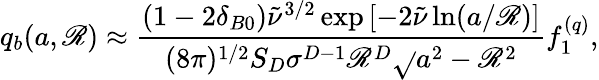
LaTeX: q_{b}(a,\mathscr{R})\approx\frac{{(1-2\delta_{B0})\tilde{{\nu}}^{3/2}\exp\left[-2\tilde{{\nu}}\ln(a/\mathscr{R})\right]}}{{(8\pi)^{1/2}S_{D}\sigma^{D-1}\mathscr{R}^{D}\sqrt{}{{a^{2}-\mathscr{R}^{2}}}}}f_{1}^{(q)},